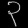
Digit: ၃